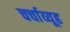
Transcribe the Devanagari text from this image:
चर्चाव्यूह